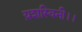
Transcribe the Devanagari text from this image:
य़शस्विनी।।